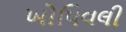
ખોપિવલી